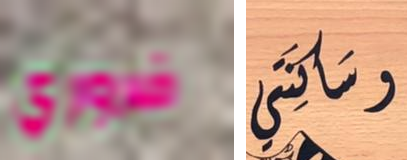
ضروري وساكنتي